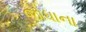
જોધાના